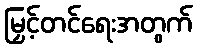
မြှင့်တင်ရေးအတွက်